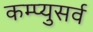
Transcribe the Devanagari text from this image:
कम्प्युसर्व